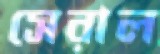
সেরাল